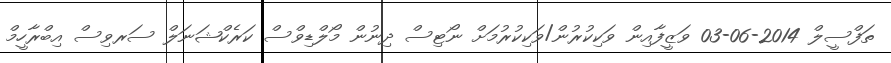
ތަފްސީލް 2014-06-03 ވަޒީފާއިން ވަކިކުރުން/ވަކިކުރުމަށް ނޯޓިސް ދިނުން މޯލްޑިވްސް ކަރެކްޝަނަލް ސަރވިސް އިބްރާހީމް